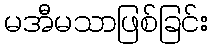
မအီမသာဖြစ်ခြင်း